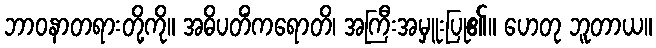
ဘာဝနာတရားတို့ကို။ အဓိပတိံကရောတိ၊ အကြီးအမှူးပြု၏။ ဟေတု ဘူတာယ။